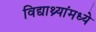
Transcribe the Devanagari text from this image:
विद्याथ्र्यांमध्ये